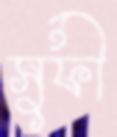
সুফী